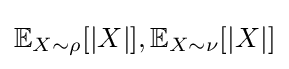
\mathbb {E} _{X\sim \rho }[|X|],\mathbb {E} _{X\sim \nu }[|X|]